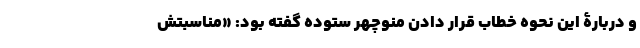
و دربارۀ این نحوه خطاب قرار دادنِ منوچهر ستوده گفته بود: «مناسبتش